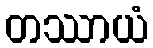
တဿာယံ